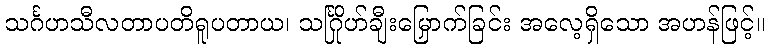
သင်္ဂဟသီလတာပတိရူပတာယ၊ သင်္ဂြိုဟ်ချီးမြှောက်ခြင်း အလေ့ရှိသော အဟန်ဖြင့်။